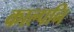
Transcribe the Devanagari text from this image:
काल्पनि